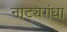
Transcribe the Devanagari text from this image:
नाट्यगंधा